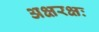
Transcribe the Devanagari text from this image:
अक्षरक्षः